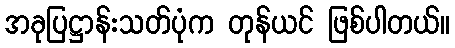
အခုပြဋ္ဌာန်းသတ်ပုံက တုန်ယင် ဖြစ်ပါတယ်။